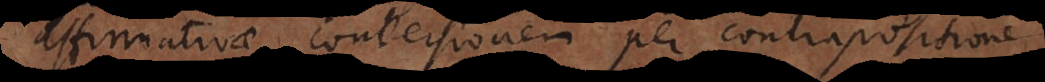
affirmativae conversionem per contrapositionem,